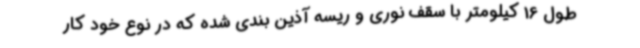
طول 16 کیلومتر با سقف نوری و ریسه آذین بندی شده که در نوع خود کار